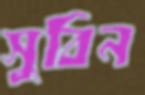
সুবিন